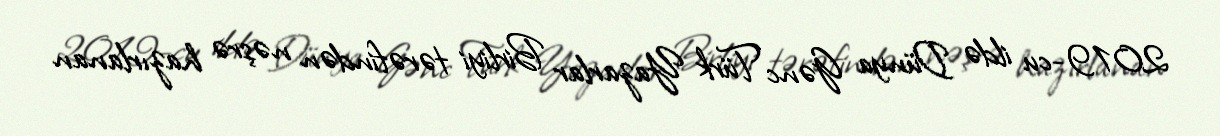
2019-cu ildə Dünya Gənc Türk Yazarlar Birliyi tərəfindən nəşrə hazırlanan